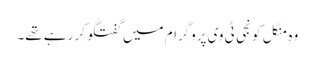
وہ منگل کو نجی ٹی وی پروگرام میں گفتگو کر رہے تھے۔